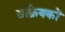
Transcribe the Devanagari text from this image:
संक्रियकों